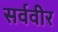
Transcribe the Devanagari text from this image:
सर्ववीर